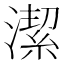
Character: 潔